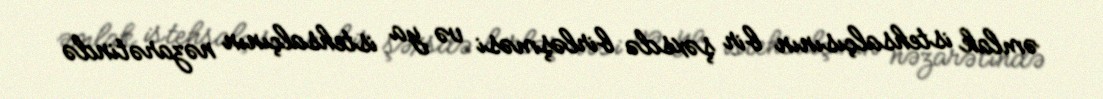
əmlak istehsalçısının bir şəxsdə birləşməsi və ya istehsalçının nəzarətində